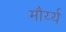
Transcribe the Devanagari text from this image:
मौर्य्य